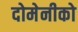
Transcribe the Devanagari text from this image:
दोमेनीको